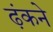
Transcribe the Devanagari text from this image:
ढ़ंकने